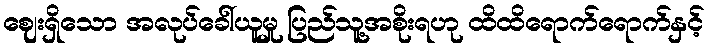
ဈေးရှိသော အလုပ်ခေါ်ယူမှု ပြည်သူ့အစိုးရဟု ထိထိရောက်ရောက်နှင့်